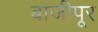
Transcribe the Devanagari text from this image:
बाजीपूर